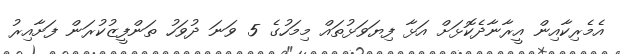
އެމެރިކާއިން އީރާނާދެކޮޅަށް އަޅާ ފިޔަވަޅުތައް މިމަހުގެ 5 ވަނަ ދުވަހު ތަންފީޒުކުރަން ފަށާއިރު